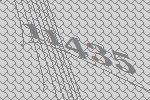
11435